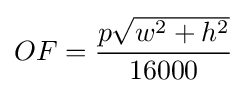
OF={\frac {p{\sqrt {w^{2}+h^{2}}}}{16000}}